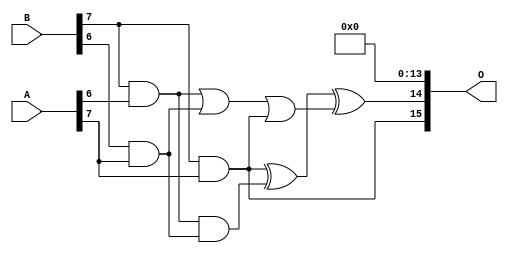
// This program was cloned from: https://github.com/ehw-fit/evoapproxlib
// License: MIT License

/***
* This code is a part of EvoApproxLib library (ehw.fit.vutbr.cz/approxlib) distributed under The MIT License.
* When used, please cite the following article(s): V. Mrazek, Z. Vasicek, L. Sekanina, H. Jiang and J. Han, "Scalable Construction of Approximate Multipliers With Formally Guaranteed Worst Case Error" in IEEE Transactions on Very Large Scale Integration (VLSI) Systems, vol. 26, no. 11, pp. 2572-2576, Nov. 2018. doi: 10.1109/TVLSI.2018.2856362 
* This file contains a circuit from a sub-set of pareto optimal circuits with respect to the pwr and mae parameters
***/
// MAE% = 0.00073 %
// MAE = 31364 
// WCE% = 0.0047 %
// WCE = 200773 
// WCRE% = 106.25 %
// EP% = 99.98 %
// MRE% = 0.047 %
// MSE = 15307.282e5 
// PDK45_PWR = 1.231 mW
// PDK45_AREA = 1900.2 um2
// PDK45_DELAY = 2.45 ns

module mult8_cgp14ep_ep65536_wc16384_2_csamcsa (
    A,
    B,
    O
);

input [7:0] A;
input [7:0] B;
output [15:0] O;

wire sig_225,sig_267,sig_268,sig_299,sig_300,sig_302,sig_328,sig_331;

assign sig_225 = B[7] & A[6];
assign sig_267 = B[6] & A[7];
assign sig_268 = B[7] & A[7];
assign sig_299 = sig_225 | sig_267;
assign sig_300 = sig_225 & sig_267;
assign sig_302 = sig_299 | sig_268;
assign sig_328 = sig_268 ^ sig_300;
assign sig_331 = sig_328 ^ sig_302;

assign O[15] = sig_268;
assign O[14] = sig_331;
assign O[13] = 1'b0;
assign O[12] = 1'b0;
assign O[11] = 1'b0;
assign O[10] = 1'b0;
assign O[9] = 1'b0;
assign O[8] = 1'b0;
assign O[7] = 1'b0;
assign O[6] = 1'b0;
assign O[5] = 1'b0;
assign O[4] = 1'b0;
assign O[3] = 1'b0;
assign O[2] = 1'b0;
assign O[1] = 1'b0;
assign O[0] = 1'b0;

endmodule

module mult8_cgp14ep_ep63897_wc377_rcam (
    A,
    B,
    O
);

input [7:0] A;
input [7:0] B;
output [15:0] O;

wire sig_23,sig_30,sig_31,sig_59,sig_60,sig_63,sig_64,sig_72,sig_73,sig_90,sig_97,sig_101,sig_102,sig_103,sig_104,sig_105,sig_106,sig_107,sig_108,sig_109;
wire sig_110,sig_114,sig_115,sig_117,sig_118,sig_141,sig_142,sig_143,sig_144,sig_145,sig_146,sig_147,sig_148,sig_149,sig_150,sig_151,sig_152,sig_153,sig_154,sig_155;
wire sig_160,sig_161,sig_162,sig_163,sig_165,sig_172,sig_173,sig_176,sig_177,sig_181,sig_182,sig_183,sig_184,sig_185,sig_186,sig_187,sig_188,sig_189,sig_190,sig_191;
wire sig_193,sig_194,sig_195,sig_196,sig_198,sig_199,sig_200,sig_204,sig_205,sig_206,sig_207,sig_208,sig_216,sig_221,sig_222,sig_223,sig_224,sig_225,sig_226,sig_227;
wire sig_228,sig_229,sig_230,sig_231,sig_232,sig_233,sig_234,sig_235,sig_236,sig_237,sig_238,sig_239,sig_240,sig_241,sig_242,sig_243,sig_244,sig_245,sig_247,sig_248;
wire sig_249,sig_250,sig_251,sig_252,sig_253,sig_256,sig_259,sig_261,sig_262,sig_263,sig_264,sig_265,sig_266,sig_267,sig_268,sig_269,sig_270,sig_271,sig_272,sig_273;
wire sig_274,sig_275,sig_276,sig_277,sig_278,sig_279,sig_280,sig_281,sig_282,sig_283,sig_284,sig_285,sig_286,sig_287,sig_288,sig_289,sig_290,sig_291,sig_292,sig_293;
wire sig_294,sig_295,sig_296,sig_297,sig_298,sig_299,sig_300,sig_301,sig_302,sig_303,sig_304,sig_305,sig_306,sig_307,sig_308,sig_309,sig_310,sig_311,sig_312,sig_313;
wire sig_314,sig_315,sig_316,sig_317,sig_318,sig_319,sig_320,sig_321,sig_322,sig_323,sig_324,sig_325,sig_326,sig_327,sig_328,sig_329,sig_330,sig_331,sig_332,sig_333;
wire sig_334,sig_335;

assign sig_23 = B[7] & A[0];
assign sig_30 = B[6] & A[1];
assign sig_31 = B[7] & A[1];
assign sig_59 = sig_23 | sig_30;
assign sig_60 = sig_23 & sig_30;
assign sig_63 = sig_31 & B[6];
assign sig_64 = sig_60 ^ sig_31;
assign sig_72 = B[6] & A[2];
assign sig_73 = B[7] & A[2];
assign sig_90 = sig_63 & A[0];
assign sig_97 = A[2] & B[5];
assign sig_101 = sig_64 ^ sig_72;
assign sig_102 = sig_64 & sig_72;
assign sig_103 = sig_101 & sig_97;
assign sig_104 = sig_101 ^ sig_97;
assign sig_105 = sig_102 | sig_103;
assign sig_106 = sig_90 ^ sig_73;
assign sig_107 = sig_63 & A[2];
assign sig_108 = sig_73 & sig_105;
assign sig_109 = sig_106 ^ sig_105;
assign sig_110 = sig_107 | sig_108;
assign sig_114 = B[5] & A[3];
assign sig_115 = B[4] & A[3];
assign sig_117 = B[6] & A[3];
assign sig_118 = B[7] & A[3];
assign sig_141 = sig_104 ^ sig_114;
assign sig_142 = sig_104 & sig_114;
assign sig_143 = sig_141 & sig_115;
assign sig_144 = sig_141 ^ sig_115;
assign sig_145 = sig_142 | sig_143;
assign sig_146 = sig_109 ^ sig_117;
assign sig_147 = sig_109 & sig_117;
assign sig_148 = sig_146 & sig_145;
assign sig_149 = sig_146 ^ sig_145;
assign sig_150 = sig_147 | sig_148;
assign sig_151 = sig_110 ^ sig_118;
assign sig_152 = sig_110 & A[3];
assign sig_153 = B[7] & sig_150;
assign sig_154 = sig_151 ^ sig_150;
assign sig_155 = sig_152 | sig_153;
assign sig_160 = B[4] & A[4];
assign sig_161 = B[5] & A[4];
assign sig_162 = B[6] & A[4];
assign sig_163 = B[7] & A[4];
assign sig_165 = sig_162 & sig_154;
assign sig_172 = B[2] & A[5];
assign sig_173 = sig_155 & A[4];
assign sig_176 = sig_59 | sig_172;
assign sig_177 = A[4] & B[3];
assign sig_181 = sig_144 ^ sig_160;
assign sig_182 = sig_144 & sig_160;
assign sig_183 = sig_181 & sig_177;
assign sig_184 = sig_181 ^ sig_177;
assign sig_185 = sig_182 | sig_183;
assign sig_186 = sig_149 ^ sig_161;
assign sig_187 = sig_149 & sig_161;
assign sig_188 = sig_186 & sig_185;
assign sig_189 = sig_186 ^ sig_185;
assign sig_190 = sig_187 | sig_188;
assign sig_191 = sig_154 ^ sig_162;
assign sig_193 = sig_191 & sig_190;
assign sig_194 = sig_191 ^ sig_190;
assign sig_195 = sig_165 | sig_193;
assign sig_196 = sig_155 ^ sig_163;
assign sig_198 = sig_163 & sig_195;
assign sig_199 = sig_196 ^ sig_195;
assign sig_200 = sig_173 | sig_198;
assign sig_204 = B[3] & A[5];
assign sig_205 = B[4] & A[5];
assign sig_206 = B[5] & A[5];
assign sig_207 = B[6] & A[5];
assign sig_208 = B[7] & A[5];
assign sig_216 = sig_176 ^ sig_172;
assign sig_221 = sig_184 ^ sig_204;
assign sig_222 = sig_184 & sig_204;
assign sig_223 = sig_221 & sig_172;
assign sig_224 = sig_221 ^ sig_172;
assign sig_225 = sig_222 | sig_223;
assign sig_226 = sig_189 ^ sig_205;
assign sig_227 = sig_189 & sig_205;
assign sig_228 = sig_226 & sig_225;
assign sig_229 = sig_226 ^ sig_225;
assign sig_230 = sig_227 | sig_228;
assign sig_231 = sig_194 ^ sig_206;
assign sig_232 = sig_194 & sig_206;
assign sig_233 = sig_231 & sig_230;
assign sig_234 = sig_231 ^ sig_230;
assign sig_235 = sig_232 | sig_233;
assign sig_236 = sig_199 ^ sig_207;
assign sig_237 = sig_199 & sig_207;
assign sig_238 = sig_236 & sig_235;
assign sig_239 = sig_236 ^ sig_235;
assign sig_240 = sig_237 | sig_238;
assign sig_241 = sig_200 ^ sig_208;
assign sig_242 = sig_200 & A[5];
assign sig_243 = sig_208 & sig_240;
assign sig_244 = sig_241 ^ sig_240;
assign sig_245 = sig_242 | sig_243;
assign sig_247 = B[1] & A[6];
assign sig_248 = B[2] & A[6];
assign sig_249 = B[3] & A[6];
assign sig_250 = B[4] & A[6];
assign sig_251 = B[5] & A[6];
assign sig_252 = B[6] & A[6];
assign sig_253 = B[7] & A[6];
assign sig_256 = sig_216 | sig_247;
assign sig_259 = sig_256 ^ sig_247;
assign sig_261 = sig_224 ^ sig_248;
assign sig_262 = sig_224 & sig_248;
assign sig_263 = sig_261 & sig_247;
assign sig_264 = sig_261 ^ sig_247;
assign sig_265 = sig_262 | sig_263;
assign sig_266 = sig_229 ^ sig_249;
assign sig_267 = sig_229 & sig_249;
assign sig_268 = sig_266 & sig_265;
assign sig_269 = sig_266 ^ sig_265;
assign sig_270 = sig_267 | sig_268;
assign sig_271 = sig_234 ^ sig_250;
assign sig_272 = sig_234 & sig_250;
assign sig_273 = sig_271 & sig_270;
assign sig_274 = sig_271 ^ sig_270;
assign sig_275 = sig_272 | sig_273;
assign sig_276 = sig_239 ^ sig_251;
assign sig_277 = sig_239 & sig_251;
assign sig_278 = sig_276 & sig_275;
assign sig_279 = sig_276 ^ sig_275;
assign sig_280 = sig_277 | sig_278;
assign sig_281 = sig_244 ^ sig_252;
assign sig_282 = sig_244 & sig_252;
assign sig_283 = sig_281 & sig_280;
assign sig_284 = sig_281 ^ sig_280;
assign sig_285 = sig_282 | sig_283;
assign sig_286 = sig_245 ^ sig_253;
assign sig_287 = sig_245 & A[6];
assign sig_288 = sig_253 & sig_285;
assign sig_289 = sig_286 ^ sig_285;
assign sig_290 = sig_287 | sig_288;
assign sig_291 = B[0] & A[7];
assign sig_292 = B[1] & A[7];
assign sig_293 = B[2] & A[7];
assign sig_294 = B[3] & A[7];
assign sig_295 = B[4] & A[7];
assign sig_296 = B[5] & A[7];
assign sig_297 = B[6] & A[7];
assign sig_298 = B[7] & A[7];
assign sig_299 = sig_259 | sig_291;
assign sig_300 = sig_259 & sig_291;
assign sig_301 = sig_264 ^ sig_292;
assign sig_302 = sig_264 & sig_292;
assign sig_303 = sig_301 & sig_300;
assign sig_304 = sig_301 ^ sig_300;
assign sig_305 = sig_302 | sig_303;
assign sig_306 = sig_269 ^ sig_293;
assign sig_307 = sig_269 & sig_293;
assign sig_308 = sig_306 & sig_305;
assign sig_309 = sig_306 ^ sig_305;
assign sig_310 = sig_307 | sig_308;
assign sig_311 = sig_274 ^ sig_294;
assign sig_312 = sig_274 & sig_294;
assign sig_313 = sig_311 & sig_310;
assign sig_314 = sig_311 ^ sig_310;
assign sig_315 = sig_312 | sig_313;
assign sig_316 = sig_279 ^ sig_295;
assign sig_317 = sig_279 & sig_295;
assign sig_318 = sig_316 & sig_315;
assign sig_319 = sig_316 ^ sig_315;
assign sig_320 = sig_317 | sig_318;
assign sig_321 = sig_284 ^ sig_296;
assign sig_322 = sig_284 & sig_296;
assign sig_323 = sig_321 & sig_320;
assign sig_324 = sig_321 ^ sig_320;
assign sig_325 = sig_322 | sig_323;
assign sig_326 = sig_289 ^ sig_297;
assign sig_327 = sig_289 & sig_297;
assign sig_328 = sig_326 & sig_325;
assign sig_329 = sig_326 ^ sig_325;
assign sig_330 = sig_327 | sig_328;
assign sig_331 = sig_290 ^ sig_298;
assign sig_332 = sig_290 & A[7];
assign sig_333 = B[7] & sig_330;
assign sig_334 = sig_331 ^ sig_330;
assign sig_335 = sig_332 | sig_333;

assign O[15] = sig_335;
assign O[14] = sig_334;
assign O[13] = sig_329;
assign O[12] = sig_324;
assign O[11] = sig_319;
assign O[10] = sig_314;
assign O[9] = sig_309;
assign O[8] = sig_304;
assign O[7] = sig_299;
assign O[6] = sig_59;
assign O[5] = sig_222;
assign O[4] = 1'b0;
assign O[3] = sig_115;
assign O[2] = sig_172;
assign O[1] = sig_73;
assign O[0] = 1'b0;

endmodule



module mul8_364(A, B, O);
  input [7:0] A;
  input [7:0] B;
  output [15:0] O;
  wire [2031:0] N;

  assign N[0] = A[0];
  assign N[1] = A[0];
  assign N[2] = A[1];
  assign N[3] = A[1];
  assign N[4] = A[2];
  assign N[5] = A[2];
  assign N[6] = A[3];
  assign N[7] = A[3];
  assign N[8] = A[4];
  assign N[9] = A[4];
  assign N[10] = A[5];
  assign N[11] = A[5];
  assign N[12] = A[6];
  assign N[13] = A[6];
  assign N[14] = A[7];
  assign N[15] = A[7];
  assign N[16] = B[0];
  assign N[17] = B[0];
  assign N[18] = B[1];
  assign N[19] = B[1];
  assign N[20] = B[2];
  assign N[21] = B[2];
  assign N[22] = B[3];
  assign N[23] = B[3];
  assign N[24] = B[4];
  assign N[25] = B[4];
  assign N[26] = B[5];
  assign N[27] = B[5];
  assign N[28] = B[6];
  assign N[29] = B[6];
  assign N[30] = B[7];
  assign N[31] = B[7];

  PDKGENAND2X1 n32(.A(N[0]), .B(N[16]), .Y(N[32]));
  PDKGENAND2X1 n48(.A(N[2]), .B(N[16]), .Y(N[48]));
  PDKGENAND2X1 n64(.A(N[4]), .B(N[16]), .Y(N[64]));
  PDKGENAND2X1 n82(.A(N[6]), .B(N[16]), .Y(N[82]));
  PDKGENAND2X1 n98(.A(N[8]), .B(N[16]), .Y(N[98]));
  PDKGENAND2X1 n114(.A(N[10]), .B(N[16]), .Y(N[114]));
  PDKGENAND2X1 n132(.A(N[12]), .B(N[16]), .Y(N[132]));
  PDKGENAND2X1 n148(.A(N[14]), .B(N[16]), .Y(N[148]));
  assign N[149] = N[148];
  PDKGENAND2X1 n164(.A(N[0]), .B(N[18]), .Y(N[164]));
  PDKGENBUFX2 n166(.A(N[149]), .Y(N[166]));
  assign N[167] = N[166];
  PDKGENAND2X1 n182(.A(N[2]), .B(N[18]), .Y(N[182]));
  PDKGENAND2X1 n198(.A(N[4]), .B(N[18]), .Y(N[198]));
  PDKGENAND2X1 n214(.A(N[6]), .B(N[18]), .Y(N[214]));
  PDKGENAND2X1 n232(.A(N[8]), .B(N[18]), .Y(N[232]));
  PDKGENAND2X1 n248(.A(N[10]), .B(N[18]), .Y(N[248]));
  PDKGENAND2X1 n264(.A(N[12]), .B(N[18]), .Y(N[264]));
  PDKGENAND2X1 n282(.A(N[14]), .B(N[18]), .Y(N[282]));
  PDKGENHAX1 n298(.A(N[48]), .B(N[164]), .YS(N[298]), .YC(N[299]));
  PDKGENHAX1 n314(.A(N[64]), .B(N[182]), .YS(N[314]), .YC(N[315]));
  PDKGENHAX1 n332(.A(N[82]), .B(N[198]), .YS(N[332]), .YC(N[333]));
  PDKGENHAX1 n348(.A(N[98]), .B(N[214]), .YS(N[348]), .YC(N[349]));
  PDKGENHAX1 n364(.A(N[114]), .B(N[232]), .YS(N[364]), .YC(N[365]));
  PDKGENHAX1 n382(.A(N[132]), .B(N[248]), .YS(N[382]), .YC(N[383]));
  PDKGENHAX1 n398(.A(N[167]), .B(N[264]), .YS(N[398]), .YC(N[399]));
  PDKGENAND2X1 n414(.A(N[0]), .B(N[20]), .Y(N[414]));
  PDKGENAND2X1 n432(.A(N[2]), .B(N[20]), .Y(N[432]));
  PDKGENAND2X1 n448(.A(N[4]), .B(N[20]), .Y(N[448]));
  PDKGENAND2X1 n464(.A(N[6]), .B(N[20]), .Y(N[464]));
  PDKGENAND2X1 n482(.A(N[8]), .B(N[20]), .Y(N[482]));
  PDKGENAND2X1 n498(.A(N[10]), .B(N[20]), .Y(N[498]));
  PDKGENAND2X1 n514(.A(N[12]), .B(N[20]), .Y(N[514]));
  PDKGENAND2X1 n532(.A(N[14]), .B(N[20]), .Y(N[532]));
  PDKGENFAX1 n548(.A(N[314]), .B(N[414]), .C(N[299]), .YS(N[548]), .YC(N[549]));
  PDKGENFAX1 n564(.A(N[332]), .B(N[432]), .C(N[315]), .YS(N[564]), .YC(N[565]));
  PDKGENFAX1 n582(.A(N[348]), .B(N[448]), .C(N[333]), .YS(N[582]), .YC(N[583]));
  PDKGENFAX1 n598(.A(N[364]), .B(N[464]), .C(N[349]), .YS(N[598]), .YC(N[599]));
  PDKGENFAX1 n614(.A(N[382]), .B(N[482]), .C(N[365]), .YS(N[614]), .YC(N[615]));
  PDKGENFAX1 n632(.A(N[398]), .B(N[498]), .C(N[383]), .YS(N[632]), .YC(N[633]));
  PDKGENFAX1 n648(.A(N[282]), .B(N[514]), .C(N[399]), .YS(N[648]), .YC(N[649]));
  PDKGENAND2X1 n664(.A(N[0]), .B(N[22]), .Y(N[664]));
  PDKGENAND2X1 n682(.A(N[2]), .B(N[22]), .Y(N[682]));
  PDKGENAND2X1 n698(.A(N[4]), .B(N[22]), .Y(N[698]));
  PDKGENAND2X1 n714(.A(N[6]), .B(N[22]), .Y(N[714]));
  PDKGENAND2X1 n732(.A(N[8]), .B(N[22]), .Y(N[732]));
  PDKGENAND2X1 n748(.A(N[10]), .B(N[22]), .Y(N[748]));
  PDKGENAND2X1 n764(.A(N[12]), .B(N[22]), .Y(N[764]));
  PDKGENAND2X1 n782(.A(N[14]), .B(N[22]), .Y(N[782]));
  PDKGENFAX1 n798(.A(N[564]), .B(N[664]), .C(N[549]), .YS(N[798]), .YC(N[799]));
  PDKGENFAX1 n814(.A(N[582]), .B(N[682]), .C(N[565]), .YS(N[814]), .YC(N[815]));
  PDKGENFAX1 n832(.A(N[598]), .B(N[698]), .C(N[583]), .YS(N[832]), .YC(N[833]));
  PDKGENFAX1 n848(.A(N[614]), .B(N[714]), .C(N[599]), .YS(N[848]), .YC(N[849]));
  PDKGENFAX1 n864(.A(N[632]), .B(N[732]), .C(N[615]), .YS(N[864]), .YC(N[865]));
  PDKGENFAX1 n882(.A(N[648]), .B(N[748]), .C(N[633]), .YS(N[882]), .YC(N[883]));
  PDKGENFAX1 n898(.A(N[532]), .B(N[764]), .C(N[649]), .YS(N[898]), .YC(N[899]));
  PDKGENAND2X1 n914(.A(N[0]), .B(N[24]), .Y(N[914]));
  PDKGENAND2X1 n932(.A(N[2]), .B(N[24]), .Y(N[932]));
  PDKGENAND2X1 n948(.A(N[4]), .B(N[24]), .Y(N[948]));
  PDKGENAND2X1 n964(.A(N[6]), .B(N[24]), .Y(N[964]));
  PDKGENAND2X1 n982(.A(N[8]), .B(N[24]), .Y(N[982]));
  PDKGENAND2X1 n998(.A(N[10]), .B(N[24]), .Y(N[998]));
  PDKGENAND2X1 n1014(.A(N[12]), .B(N[24]), .Y(N[1014]));
  PDKGENAND2X1 n1032(.A(N[14]), .B(N[24]), .Y(N[1032]));
  PDKGENFAX1 n1048(.A(N[814]), .B(N[914]), .C(N[799]), .YS(N[1048]), .YC(N[1049]));
  PDKGENFAX1 n1064(.A(N[832]), .B(N[932]), .C(N[815]), .YS(N[1064]), .YC(N[1065]));
  PDKGENFAX1 n1082(.A(N[848]), .B(N[948]), .C(N[833]), .YS(N[1082]), .YC(N[1083]));
  PDKGENFAX1 n1098(.A(N[864]), .B(N[964]), .C(N[849]), .YS(N[1098]), .YC(N[1099]));
  PDKGENFAX1 n1114(.A(N[882]), .B(N[982]), .C(N[865]), .YS(N[1114]), .YC(N[1115]));
  PDKGENFAX1 n1132(.A(N[898]), .B(N[998]), .C(N[883]), .YS(N[1132]), .YC(N[1133]));
  PDKGENFAX1 n1148(.A(N[782]), .B(N[1014]), .C(N[899]), .YS(N[1148]), .YC(N[1149]));
  PDKGENAND2X1 n1164(.A(N[0]), .B(N[26]), .Y(N[1164]));
  PDKGENAND2X1 n1182(.A(N[2]), .B(N[26]), .Y(N[1182]));
  PDKGENAND2X1 n1198(.A(N[4]), .B(N[26]), .Y(N[1198]));
  PDKGENAND2X1 n1214(.A(N[6]), .B(N[26]), .Y(N[1214]));
  PDKGENAND2X1 n1232(.A(N[8]), .B(N[26]), .Y(N[1232]));
  PDKGENAND2X1 n1248(.A(N[10]), .B(N[26]), .Y(N[1248]));
  PDKGENAND2X1 n1264(.A(N[12]), .B(N[26]), .Y(N[1264]));
  PDKGENAND2X1 n1282(.A(N[14]), .B(N[26]), .Y(N[1282]));
  PDKGENFAX1 n1298(.A(N[1064]), .B(N[1164]), .C(N[1049]), .YS(N[1298]), .YC(N[1299]));
  PDKGENFAX1 n1314(.A(N[1082]), .B(N[1182]), .C(N[1065]), .YS(N[1314]), .YC(N[1315]));
  PDKGENFAX1 n1332(.A(N[1098]), .B(N[1198]), .C(N[1083]), .YS(N[1332]), .YC(N[1333]));
  PDKGENFAX1 n1348(.A(N[1114]), .B(N[1214]), .C(N[1099]), .YS(N[1348]), .YC(N[1349]));
  PDKGENFAX1 n1364(.A(N[1132]), .B(N[1232]), .C(N[1115]), .YS(N[1364]), .YC(N[1365]));
  PDKGENFAX1 n1382(.A(N[1148]), .B(N[1248]), .C(N[1133]), .YS(N[1382]), .YC(N[1383]));
  PDKGENFAX1 n1398(.A(N[1032]), .B(N[1264]), .C(N[1149]), .YS(N[1398]), .YC(N[1399]));
  PDKGENAND2X1 n1414(.A(N[0]), .B(N[28]), .Y(N[1414]));
  PDKGENAND2X1 n1432(.A(N[2]), .B(N[28]), .Y(N[1432]));
  PDKGENAND2X1 n1448(.A(N[4]), .B(N[28]), .Y(N[1448]));
  PDKGENAND2X1 n1464(.A(N[6]), .B(N[28]), .Y(N[1464]));
  PDKGENAND2X1 n1482(.A(N[8]), .B(N[28]), .Y(N[1482]));
  PDKGENAND2X1 n1498(.A(N[10]), .B(N[28]), .Y(N[1498]));
  PDKGENAND2X1 n1514(.A(N[12]), .B(N[28]), .Y(N[1514]));
  PDKGENAND2X1 n1532(.A(N[14]), .B(N[28]), .Y(N[1532]));
  PDKGENFAX1 n1548(.A(N[1314]), .B(N[1414]), .C(N[1299]), .YS(N[1548]), .YC(N[1549]));
  PDKGENFAX1 n1564(.A(N[1332]), .B(N[1432]), .C(N[1315]), .YS(N[1564]), .YC(N[1565]));
  PDKGENFAX1 n1582(.A(N[1348]), .B(N[1448]), .C(N[1333]), .YS(N[1582]), .YC(N[1583]));
  PDKGENFAX1 n1598(.A(N[1364]), .B(N[1464]), .C(N[1349]), .YS(N[1598]), .YC(N[1599]));
  PDKGENFAX1 n1614(.A(N[1382]), .B(N[1482]), .C(N[1365]), .YS(N[1614]), .YC(N[1615]));
  PDKGENFAX1 n1632(.A(N[1398]), .B(N[1498]), .C(N[1383]), .YS(N[1632]), .YC(N[1633]));
  PDKGENFAX1 n1648(.A(N[1282]), .B(N[1514]), .C(N[1399]), .YS(N[1648]), .YC(N[1649]));
  PDKGENAND2X1 n1664(.A(N[0]), .B(N[30]), .Y(N[1664]));
  PDKGENAND2X1 n1682(.A(N[2]), .B(N[30]), .Y(N[1682]));
  PDKGENAND2X1 n1698(.A(N[4]), .B(N[30]), .Y(N[1698]));
  PDKGENAND2X1 n1714(.A(N[6]), .B(N[30]), .Y(N[1714]));
  PDKGENAND2X1 n1732(.A(N[8]), .B(N[30]), .Y(N[1732]));
  PDKGENAND2X1 n1748(.A(N[10]), .B(N[30]), .Y(N[1748]));
  PDKGENAND2X1 n1764(.A(N[12]), .B(N[30]), .Y(N[1764]));
  PDKGENAND2X1 n1782(.A(N[14]), .B(N[30]), .Y(N[1782]));
  PDKGENFAX1 n1798(.A(N[1564]), .B(N[1664]), .C(N[1549]), .YS(N[1798]), .YC(N[1799]));
  PDKGENFAX1 n1814(.A(N[1582]), .B(N[1682]), .C(N[1565]), .YS(N[1814]), .YC(N[1815]));
  PDKGENFAX1 n1832(.A(N[1598]), .B(N[1698]), .C(N[1583]), .YS(N[1832]), .YC(N[1833]));
  PDKGENFAX1 n1848(.A(N[1614]), .B(N[1714]), .C(N[1599]), .YS(N[1848]), .YC(N[1849]));
  PDKGENFAX1 n1864(.A(N[1632]), .B(N[1732]), .C(N[1615]), .YS(N[1864]), .YC(N[1865]));
  PDKGENFAX1 n1882(.A(N[1648]), .B(N[1748]), .C(N[1633]), .YS(N[1882]), .YC(N[1883]));
  PDKGENFAX1 n1898(.A(N[1532]), .B(N[1764]), .C(N[1649]), .YS(N[1898]), .YC(N[1899]));
  PDKGENHAX1 n1914(.A(N[1814]), .B(N[1799]), .YS(N[1914]), .YC(N[1915]));
  PDKGENFAX1 n1932(.A(N[1832]), .B(N[1815]), .C(N[1915]), .YS(N[1932]), .YC(N[1933]));
  PDKGENFAX1 n1948(.A(N[1848]), .B(N[1833]), .C(N[1933]), .YS(N[1948]), .YC(N[1949]));
  PDKGENFAX1 n1964(.A(N[1864]), .B(N[1849]), .C(N[1949]), .YS(N[1964]), .YC(N[1965]));
  PDKGENFAX1 n1982(.A(N[1882]), .B(N[1865]), .C(N[1965]), .YS(N[1982]), .YC(N[1983]));
  PDKGENFAX1 n1998(.A(N[1898]), .B(N[1883]), .C(N[1983]), .YS(N[1998]), .YC(N[1999]));
  PDKGENFAX1 n2014(.A(N[1782]), .B(N[1899]), .C(N[1999]), .YS(N[2014]), .YC(N[2015]));

  assign O[0] = N[32];
  assign O[1] = N[298];
  assign O[2] = N[548];
  assign O[3] = N[798];
  assign O[4] = N[1048];
  assign O[5] = N[1298];
  assign O[6] = N[1548];
  assign O[7] = N[1798];
  assign O[8] = N[1914];
  assign O[9] = N[1932];
  assign O[10] = N[1948];
  assign O[11] = N[1964];
  assign O[12] = N[1982];
  assign O[13] = N[1998];
  assign O[14] = N[2014];
  assign O[15] = N[2015];

endmodule

module CLA32bit(a,b,c_in,sum,c_out);

input [31:0]a,b;
input c_in;
output [31:0]sum;
output c_out;

wire [31:0] sum_out,  p,  g;
wire [7:0] PPP, GGG;
wire [8:0] CC;

assign p[31:0] = a[31:0] ^ b[31:0];
assign g[31:0] = a[31:0] & b[31:0];

assign PPP[0]= p [3] & p [2] & p [1] & p [0];
assign PPP[1]= p [7] & p [6] & p [5] & p [4];
assign PPP[2]= p[11] & p[10] & p [9] & p [8];
assign PPP[3]= p[15] & p[14] & p[13] & p[12];
assign PPP[4]= p[19] & p[18] & p[17] & p[16];
assign PPP[5]= p[23] & p[22] & p[21] & p[20];
assign PPP[6]= p[27] & p[26] & p[25] & p[24];
assign PPP[7]= p[31] & p[30] & p[29] & p[28];

assign GGG[0]= g[3]  | (p [3] & g [2])  | (p [3] & p [2] & g [1])  | (p [3] & p [2] & p [1] & g [0]) ;
assign GGG[1]= g[7]  | (p [7] & g [6])  | (p [7] & p [6] & g [5])  | (p [7] & p [6] & p [5] & g [4]);
assign GGG[2]= g[11] | (p[11] & g[10])  | (p[11] & p[10] & g [9])  | (p[11] & p[10] & p [9] & g [8]);
assign GGG[3]= g[15] | (p[15] & g[14])  | (p[15] & p[14] & g[13])  | (p[15] & p[14] & p[13] & g[12]);
assign GGG[4]= g[19] | (p[19] & g[18])  | (p[19] & p[18] & g[17])  | (p[19] & p[18] & p[17] & g[16]);
assign GGG[5]= g[23] | (p[23] & g[22])  | (p[23] & p[22] & g[21])  | (p[23] & p[22] & p[21] & g[20]);
assign GGG[6]= g[27] | (p[27] & g[26])  | (p[27] & p[26] & g[25])  | (p[27] & p[26] & p[25] & g[24]);
assign GGG[7]= g[31] | (p[31] & g[30])  | (p[31] & p[30] & g[29])  | (p[31] & p[30] & p[29] & g[28]);
assign CC[0] = c_in;
assign CC[1] = GGG[0]  |  PPP[0]&  CC[0];
assign CC[2] = GGG[1]  |  PPP[1]&GGG[0]  |  PPP[1]&PPP[0]&  CC[0];
assign CC[3] = GGG[2]  |  PPP[2]&GGG[1]  |  PPP[2]&PPP[1]&GGG[0]  |  PPP[2]&PPP[1]&PPP[0]&  CC[0];
assign CC[4] = GGG[3]  |  PPP[3]&GGG[2]  |  PPP[3]&PPP[2]&GGG[1]  |  PPP[3]&PPP[2]&PPP[1]&GGG[0]  |  PPP[3]&PPP[2]&PPP[1]&PPP[0]&  CC[0];
assign CC[5] = GGG[4]  |  PPP[4]&GGG[3]  |  PPP[4]&PPP[3]&GGG[2]  |  PPP[4]&PPP[3]&PPP[2]&GGG[1]  |  PPP[4]&PPP[3]&PPP[2]&PPP[1]&GGG[0] |  PPP[4]&PPP[3]&PPP[2]&PPP[1]&PPP[0]&  CC[0];
assign CC[6] = GGG[5]  |  PPP[5]&GGG[4]  |  PPP[5]&PPP[4]&GGG[3]  |  PPP[5]&PPP[4]&PPP[3]&GGG[2]  |  PPP[5]&PPP[4]&PPP[3]&PPP[2]&GGG[1] |  PPP[5]&PPP[4]&PPP[3]&PPP[2]&PPP[1]&GGG[0] |  PPP[5]&PPP[4]&PPP[3]&PPP[2]&PPP[1]&PPP[0]& CC[0];
assign CC[7] = GGG[6]  | PPP[6]&GGG[5]  |  PPP[6]&PPP[5]&GGG[4]  |  PPP[6]&PPP[5]&PPP[4]&GGG[3]  |  PPP[6]&PPP[5]&PPP[4]&PPP[3]&GGG[2]  |  PPP[6]&PPP[5]&PPP[4]&PPP[3]&PPP[2]&GGG[1] |  PPP[6]&PPP[5]&PPP[4]&PPP[3]&PPP[2]&PPP[1]&GGG[0] |  PPP[6]&PPP[5]&PPP[4]&PPP[3]&PPP[2]&PPP[1]&PPP[0] & CC[0];
assign CC[8] = GGG[7] | PPP[7]&GGG[6]  | PPP[7]&PPP[6]&GGG[5]  |  PPP[7]&PPP[6]&PPP[5]&GGG[4]  |  PPP[7]&PPP[6]&PPP[5]&PPP[4]&GGG[3]  |  PPP[7]&PPP[6]&PPP[5]&PPP[4]&PPP[3]&GGG[2]  |  PPP[7]&PPP[6]&PPP[5]&PPP[4]&PPP[3]&PPP[2]&GGG[1] |  PPP[7]&PPP[6]&PPP[5]&PPP[4]&PPP[3]&PPP[2]&PPP[1]&GGG[0] |  PPP[7]&PPP[6]&PPP[5]&PPP[4]&PPP[3]&PPP[2]&PPP[1]&PPP[0] & CC[0];
cla_4bit cla4bit1(.aa(a  [3:0]),  .bb(b  [3:0]),  .cin(CC[0]),   .pp(p  [3:0]),  .gg(g  [3:0]),   .summ(sum  [3:0]));
cla_4bit cla4bit2(.aa(a  [7:4]),  .bb(b  [7:4]),  .cin(CC[1]),   .pp(p  [7:4]),  .gg(g  [7:4]),   .summ(sum  [7:4]));
cla_4bit cla4bit3(.aa(a [11:8]),  .bb(b [11:8]),  .cin(CC[2]),   .pp(p [11:8]),  .gg(g [11:8]),   .summ(sum [11:8]));
cla_4bit cla4bit4(.aa(a[15:12]),  .bb(b[15:12]),  .cin(CC[3]),   .pp(p[15:12]),  .gg(g[15:12]),   .summ(sum[15:12]));
cla_4bit cla4bit5(.aa(a[19:16]),  .bb(b[19:16]),  .cin(CC[4]),   .pp(p[19:16]),  .gg(g[19:16]),   .summ(sum[19:16]));
cla_4bit cla4bit6(.aa(a[23:20]),  .bb(b[23:20]),  .cin(CC[5]),   .pp(p[23:20]),  .gg(g[23:20]),   .summ(sum[23:20]));
cla_4bit cla4bit7(.aa(a[27:24]),  .bb(b[27:24]),  .cin(CC[6]),   .pp(p[27:24]),  .gg(g[27:24]),   .summ(sum[27:24]));
cla_4bit cla4bit8(.aa(a[31:28]),  .bb(b[31:28]),  .cin(CC[7]),   .pp(p[31:28]),  .gg(g[31:28]),   .summ(sum[31:28]));

assign c_out=CC[8];

endmodule
module cla_4bit(aa,bb,cin,summ,pp,gg);
input  [3:0] aa,bb,pp,gg;  
input cin;
output [3:0] summ;

wire [3:0] c;

   assign c[0] = cin;
   assign c[1] = gg[0] | (pp[0] & c[0]);
   assign c[2] = gg[1] | (pp[1] & gg[0]) | (pp[1] & pp[0] & c[0]);
   assign c[3] = gg[2] | (pp[2] & gg[1]) | (pp[2] & pp[1] & gg[0])| (pp[2] & pp[1] & pp[0] & c[0]);

   assign summ[3:0] = pp[3:0]  ^  c[3:0];
endmodule

`timescale 1ns/100ps
module mul16u_CK3 ( input[15:0] A,
                   input[15:0] B,
                   output [31:0] O
                 );

wire [15:0] ll,lh,hl,hh;
wire [31:0] llhhlh_sum;
wire [31:0] shifted_llhh, shifted_lh, shifted_hl;

localparam MAX1 = 15;
localparam MIN1 = 8;

localparam MAX2 = 7;
localparam MIN2 = 0;

mult8_cgp14ep_ep65536_wc16384_2_csamcsa LxL (.A(A[MAX2:MIN2]), .B(B[MAX2:MIN2]), .O(ll));
mult8_cgp14ep_ep63897_wc377_rcam HxL (.A(A[MAX1:MIN1]), .B(B[MAX2:MIN2]), .O(hl));
mult8_cgp14ep_ep63897_wc377_rcam LxH (.A(A[MAX2:MIN2]), .B(B[MAX1:MIN1]), .O(lh));
mul8_364 HxH (.A(A[MAX1:MIN1]), .B(B[MAX1:MIN1]), .O(hh));

assign shifted_llhh = { hh, ll }; 
assign shifted_lh = { {8{1'b0}}, lh, {8{1'b0}}}; 
assign shifted_hl = { {8{1'b0}}, hl, {8{1'b0}}};
CLA32bit LLHHLH (.a(shifted_llhh), .b(shifted_lh), .c_in(1'b0), .sum(llhhlh_sum), .c_out());
CLA32bit SUMO (.a(llhhlh_sum), .b(shifted_hl), .c_in(1'b0), .sum(O), .c_out());

endmodule


/* mod */
module PDKGENFAX1( input A, input B, input C, output YS, output YC );
    assign YS = (A ^ B) ^ C;
    assign YC = (A & B) | (B & C) | (A & C);
endmodule
/* mod */
module PDKGENHAX1( input A, input B, output YS, output YC );
    assign YS = A ^ B;
    assign YC = A & B;
endmodule
/* mod */
module PDKGENAND2X1(input A, input B, output Y );
     assign Y = A & B;
endmodule
/* mod */
module PDKGENBUFX2(input A, output Y );
     assign Y = A;
endmodule